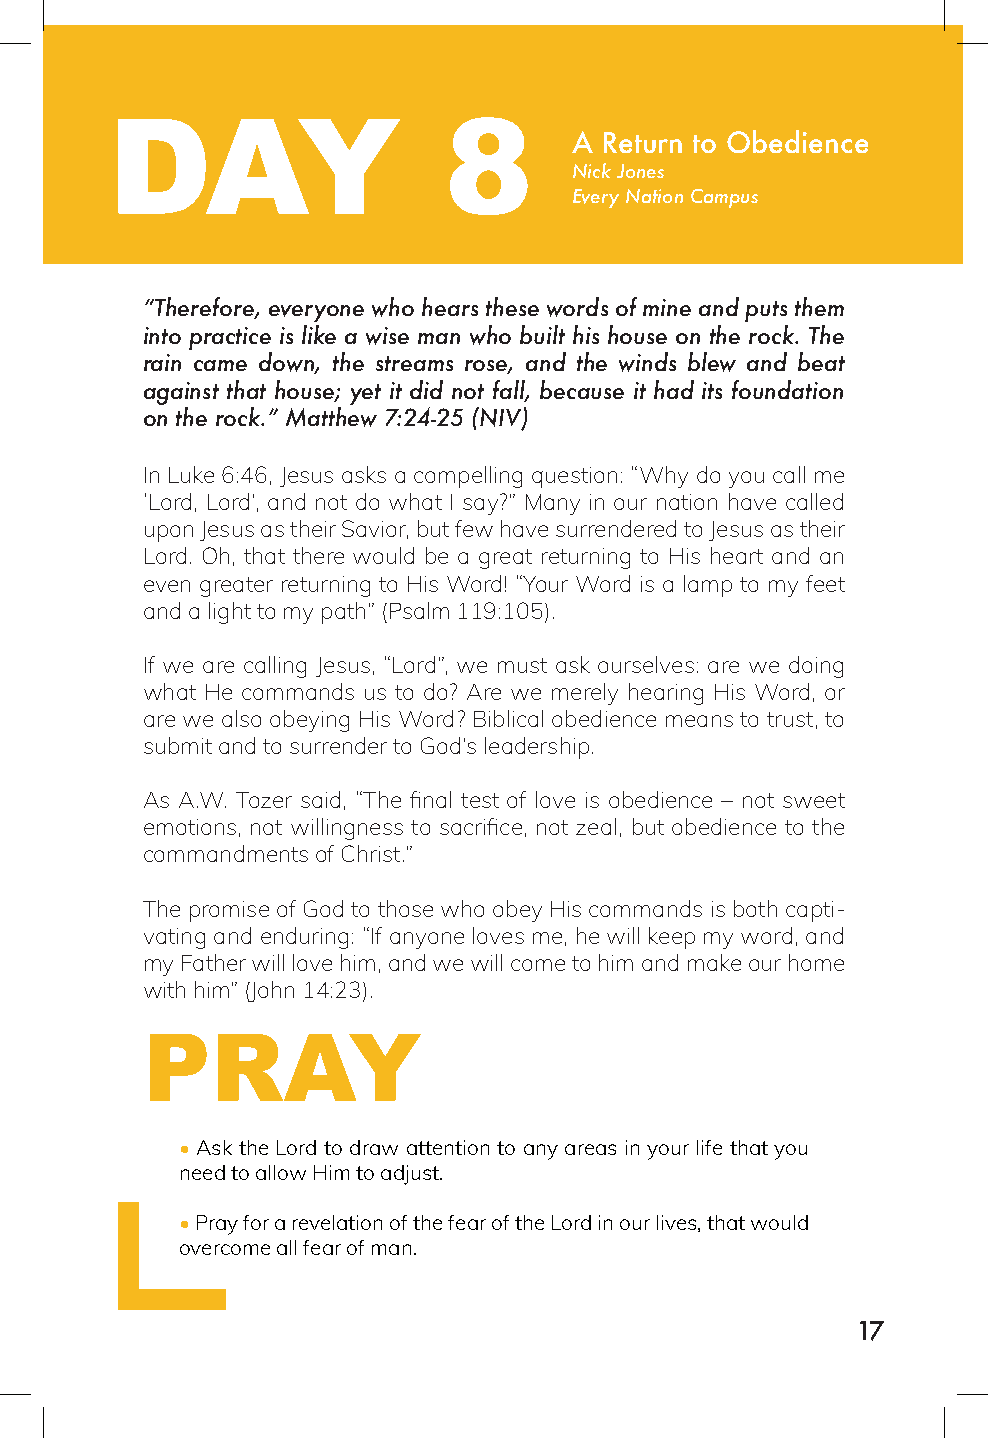
DAY                   8
 A Return to Obedience
 Nick Jones
 Every Nation Campus
 “Therefore, everyone who hears these words of mine and puts them
 into practice is like a wise man who built his house on the rock. The
 rain came down, the streams rose, and the winds blew and beat
 against that house; yet it did not fall, because it had its foundation
 on the rock.” Matthew 7:24-25 (NIV)
 In Luke 6:46, Jesus asks a compelling question: “Why do you call me
 ‘Lord, Lord’, and not do what I say?” Many in our nation have called
 upon Jesus as their Savior, but few have surrendered to Jesus as their
 Lord. Oh, that there would be a great returning to His heart and an
 even greater returning to His Word! “Your Word is a lamp to my feet
 and a light to my path” (Psalm 119:105).
 If we are calling Jesus, “Lord”, we must ask ourselves: are we doing
 what He commands us to do? Are we merely hearing His Word, or
 are we also obeying His Word? Biblical obedience means to trust, to
 submit and to surrender to God’s leadership.
 As A.W. Tozer said, “The final test of love is obedience – not sweet
 emotions, not willingness to sacrifice, not zeal, but obedience to the
 commandments of Christ.”
 The promise of God to those who obey His commands is both capti-
 vating and enduring: “If anyone loves me, he will keep my word, and
 my Father will love him, and we will come to him and make our home
 with him” (John 14:23).
 PRAY
 • Ask the Lord to draw attention to any areas in your life that you
 need to allow Him to adjust.
 • Pray for a revelation of the fear of the Lord in our lives, that would
 overcome all fear of man.
 17